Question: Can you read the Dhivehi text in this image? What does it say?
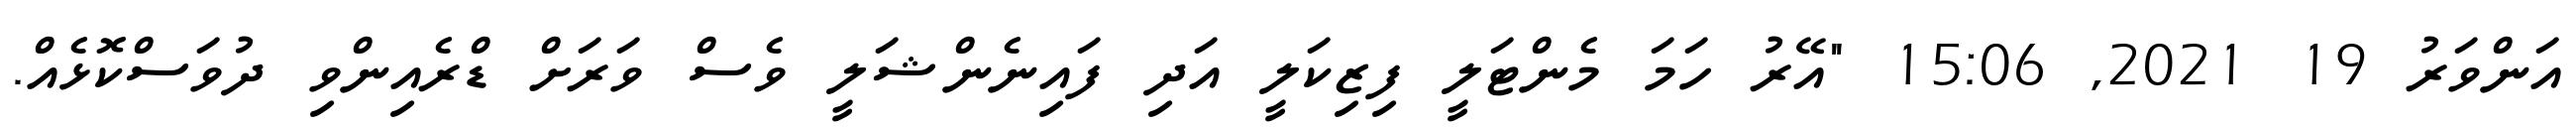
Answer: އަންވަރު 19 2021, 15:06 "އޭރު ހަމަ މެންޓަލީ ފިޒިކަލީ އަދި ފައިނެންޝަލީ ވެސް ވަރަށް ޑްރެއިންވި ދުވަސްކޮޅެއް.